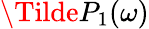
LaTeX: \Tilde{P}_{1}(\omega)